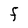
Character: F